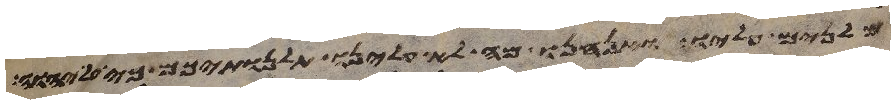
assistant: מלנים עליו ואנחנו מה לא עלינו תלנתיכם כי